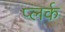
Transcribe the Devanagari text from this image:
प्लर्क